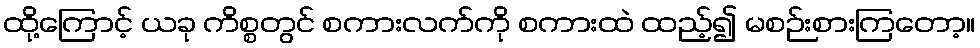
ထို့ကြောင့် ယခု ကိစ္စတွင် စကားလက်ကို စကားထဲ ထည့်၍ မစဉ်းစားကြတော့။